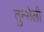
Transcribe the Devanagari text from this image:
तुन्सेली